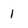
Character: 1